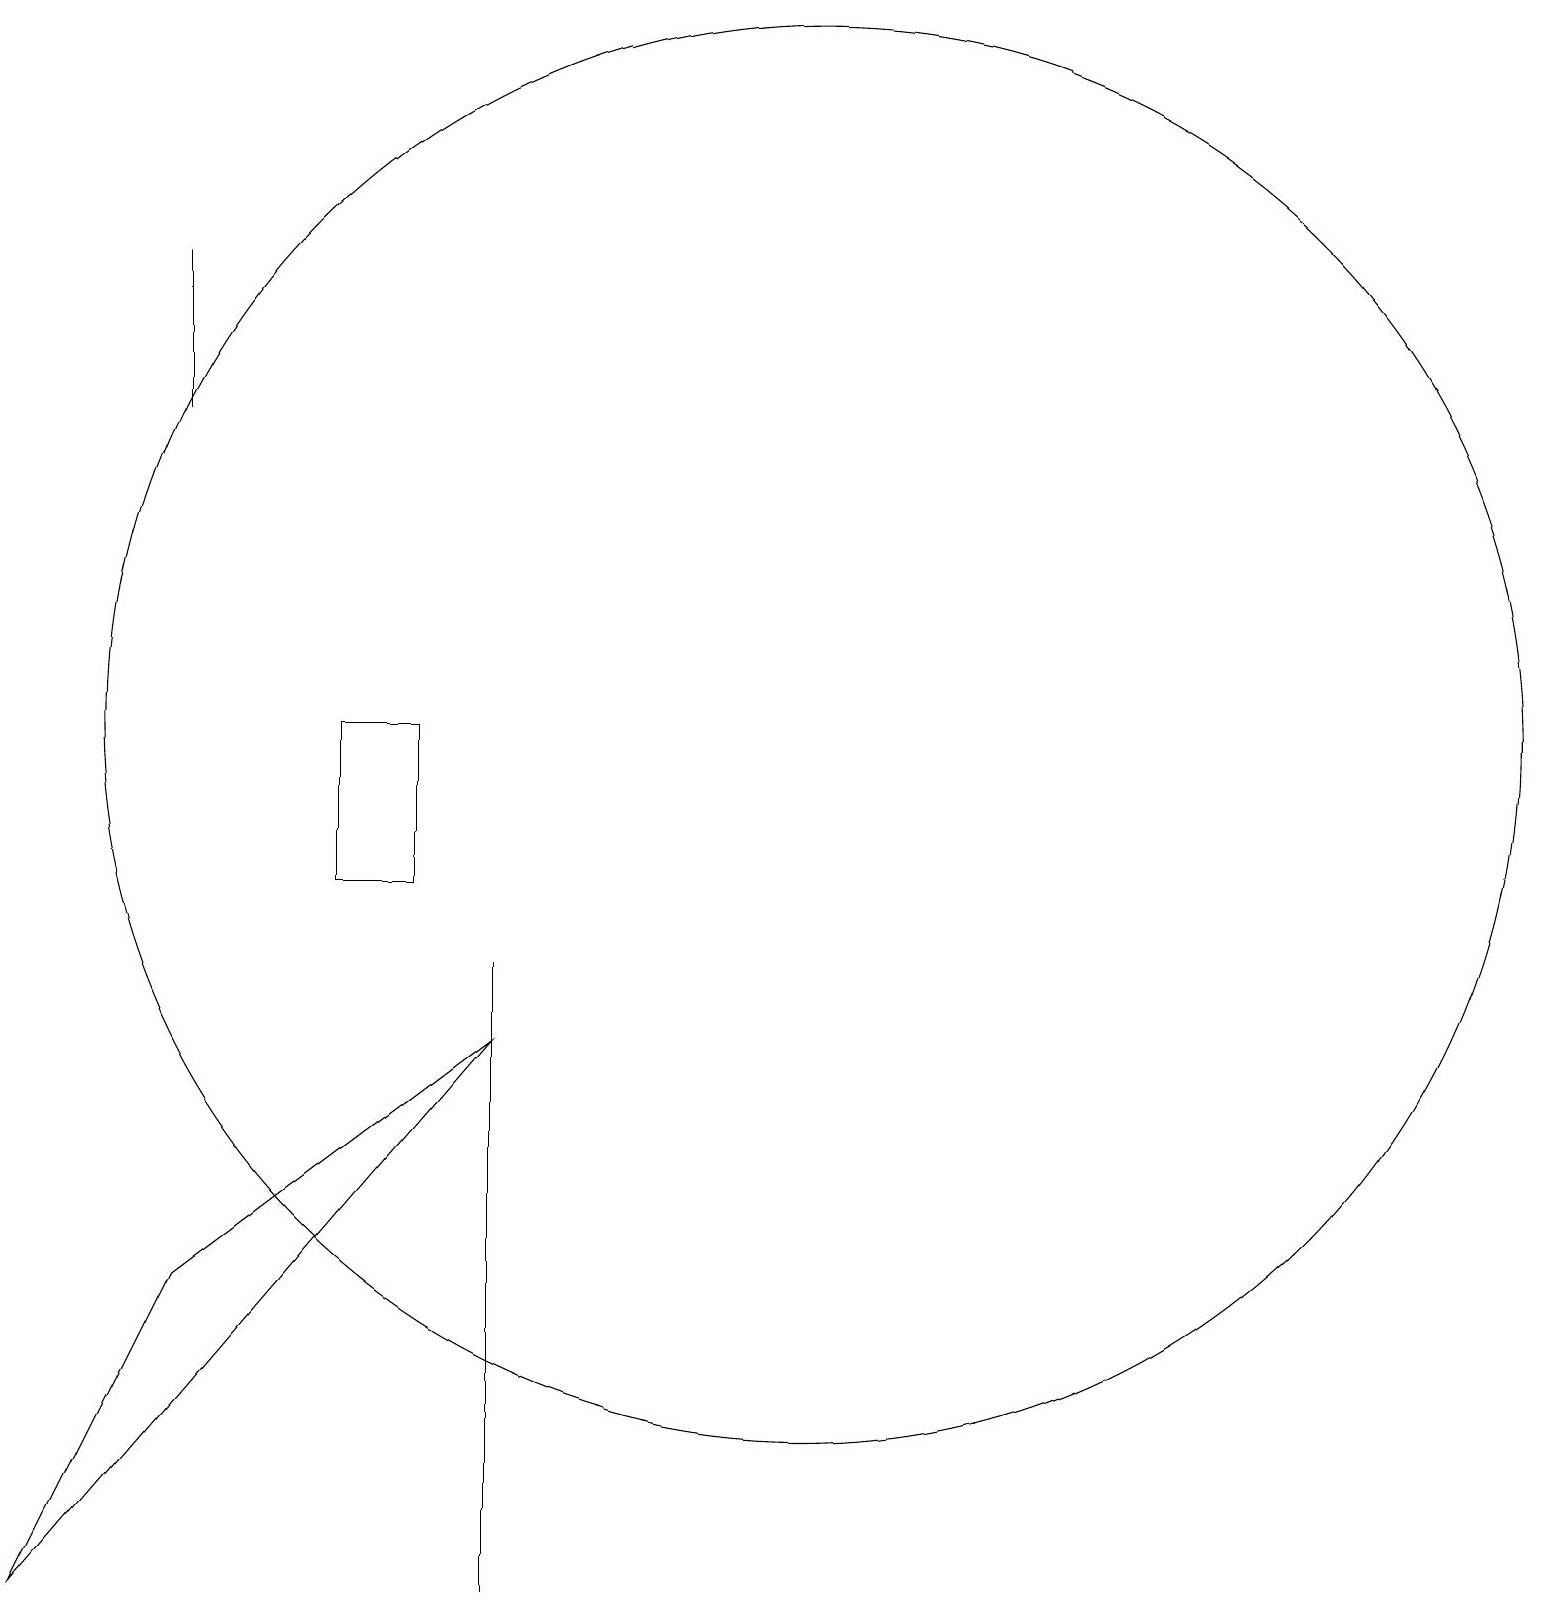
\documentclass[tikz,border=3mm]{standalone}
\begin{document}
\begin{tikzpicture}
\draw (2,18) rectangle (2,16);
\draw (5,10) rectangle (4,12);
\draw (6,8) -- (0,1) -- (2,5) -- cycle;
\draw (6,1) -- (6,9) -- (6,7) -- cycle;
\draw (10,12) circle (9);
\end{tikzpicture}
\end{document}